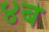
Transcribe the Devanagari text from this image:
४ब